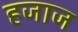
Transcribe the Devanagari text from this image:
हजाज